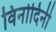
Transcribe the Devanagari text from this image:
विनोदिनी